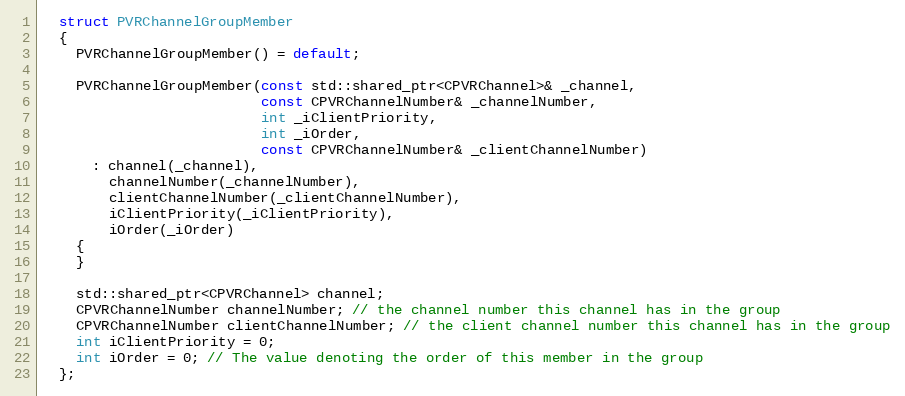
Language: C
  struct PVRChannelGroupMember
  {
    PVRChannelGroupMember() = default;

    PVRChannelGroupMember(const std::shared_ptr<CPVRChannel>& _channel,
                          const CPVRChannelNumber& _channelNumber,
                          int _iClientPriority,
                          int _iOrder,
                          const CPVRChannelNumber& _clientChannelNumber)
      : channel(_channel),
        channelNumber(_channelNumber),
        clientChannelNumber(_clientChannelNumber),
        iClientPriority(_iClientPriority),
        iOrder(_iOrder)
    {
    }

    std::shared_ptr<CPVRChannel> channel;
    CPVRChannelNumber channelNumber; // the channel number this channel has in the group
    CPVRChannelNumber clientChannelNumber; // the client channel number this channel has in the group
    int iClientPriority = 0;
    int iOrder = 0; // The value denoting the order of this member in the group
  };